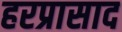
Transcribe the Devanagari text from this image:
हरप्रासाद